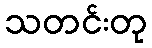
သတင်းတု